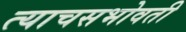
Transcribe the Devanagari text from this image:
त्याचसभोवती